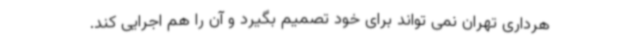
هرداری تهران نمی تواند برای خود تصمیم بگیرد و آن را هم اجرایی کند.